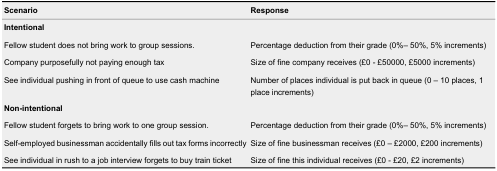
| Scenario | Response |
 | --- | --- |
 | Intentional |  |
 | Fellow student does not bring work to group sessions. | Percentage deduction from their grade (0%– 50%, 5% increments) |
 | Company purposefully not paying enough tax | Size of fine company receives (£0 - £50000, £5000 increments) |
 | See individual pushing in front of queue to use cash machine | Number of places individual is put back in queue (0 – 10 places, 1 place increments) |
 | Non-intentional |  |
 | Fellow student forgets to bring work to one group session. | Percentage deduction from their grade (0%– 50%, 5% increments) |
 | Self-employed businessman accidentally fills out tax forms incorrectly | Size of fine businessman receives (£0 – £2000, £200 increments) |
 | See individual in rush to a job interview forgets to buy train ticket | Size of fine this individual receives (£0 - £20, £2 increments) |